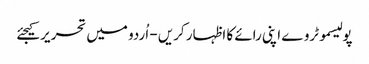
پولیسموٹروے اپنی رائے کا اظہار کریں - اُردو میں تحریر کیجئے